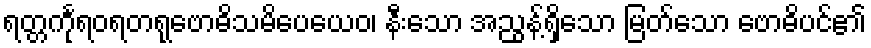
ရတ္တင်္ကုရဝရတရုဗောဓိသမိပေယေဝ၊ နီးသော အညွန့်ရှိသော မြတ်သော ဗောဓိပင်၏